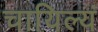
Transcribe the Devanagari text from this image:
चायिल्यं